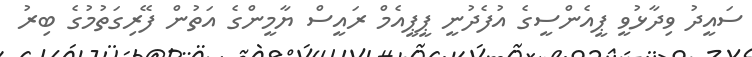
ސައީދު ވިދާޅުވީ ޕީއެންސީގެ އުފެދުނީ ޕީޕީއެމް ރައީސް ޔާމީންގެ އަތުން ފޭރިގަތުމުގެ ބިރު